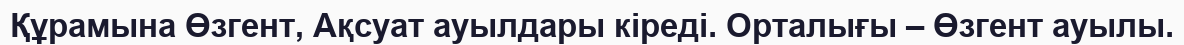
Құрамына Өзгент, Ақсуат ауылдары кіреді. Орталығы – Өзгент ауылы.